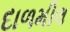
દાળમીલ